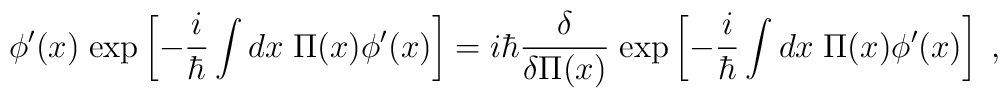
\phi'(x)\; {\rm exp}\left[ -{i\over\hbar}\int dx \;\Pi (x) \phi'(x) \right]= i\hbar {\delta \over \delta \Pi (x)} \;{\rm exp}\left[ -{i\over\hbar}\int dx \;\Pi (x) \phi'(x) \right] \;,